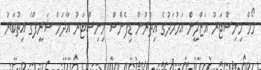
ހޯމް މިނިސްޓަރު އަޒްލީން އަހުމަދުގެ އިތުރުން ޑިފެންސް މިނިސްޓަރު އާދަމް ޝަރީފްގެ އިތުބާރު